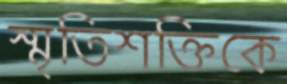
স্মৃতিশক্তিকে